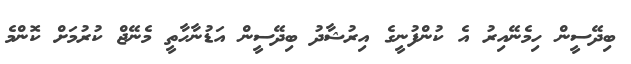
ބިދޭސީން ހިމެނޭއިރު އެ ކުންފުނީގެ އިރުޝާދު ބިދޭސީން އަޑުނާހާތީ މެނޭޖް ކުރުމަށް ކޮންމެ